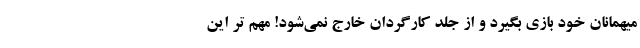
میهمانان خود بازی بگیرد و از جلد کارگردان خارج نمی‌شود! مهم تر این